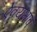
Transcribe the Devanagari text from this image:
ऐक्यभाव